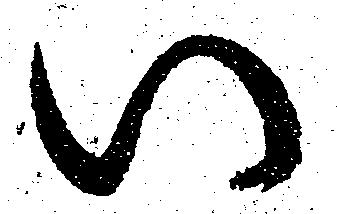
い